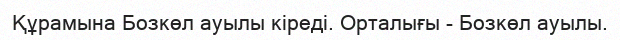
Құрамына Бозкөл ауылы кіреді. Орталығы - Бозкөл ауылы.